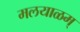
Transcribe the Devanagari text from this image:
मलयाळम्‌